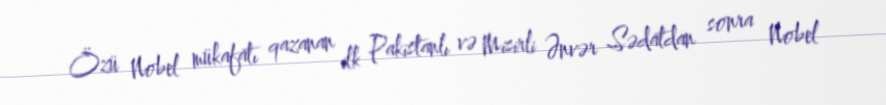
Özü Nobel mükafatı qazanan ilk Pakistanlı və Misirli Ənvər Sədatdan sonra Nobel